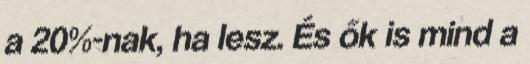
a 20%-nak, ha lesz. És ők is mind a